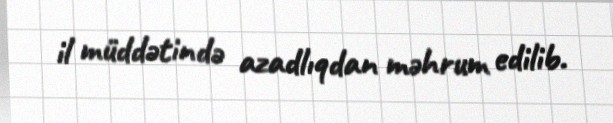
il müddətində azadlıqdan məhrum edilib.